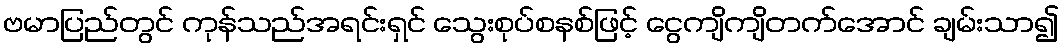
ဗမာပြည်တွင် ကုန်သည်အရင်းရှင် သွေးစုပ်စနစ်ဖြင့် ငွေကျိကျိတက်အောင် ချမ်းသာ၍